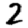
Digit: 2